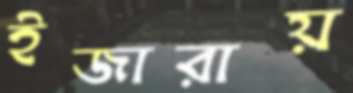
ইজারায়